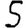
Digit: 5